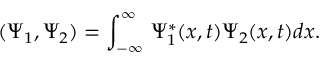
( \Psi _ { 1 } , \Psi _ { 2 } ) = \int _ { - \infty } ^ { \infty } \, \Psi _ { 1 } ^ { * } ( x , t ) \Psi _ { 2 } ( x , t ) d x .